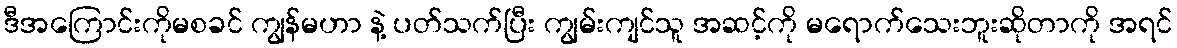
ဒီအကြောင်းကိုမစခင် ကျွန်မဟာ နဲ့ ပတ်သက်ပြီး ကျွမ်းကျင်သူ အဆင့်ကို မရောက်သေးဘူးဆိုတာကို အရင်